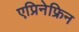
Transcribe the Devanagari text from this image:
एप्रिनेफ्रिन